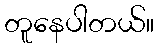
တူနေပါတယ်။